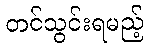
တင်သွင်းရမည့်